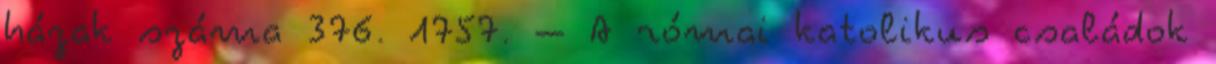
házak száma 376. 1757. – A római katolikus családok